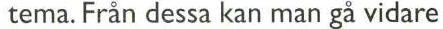
 tema. Från dessa kan man gå vidare